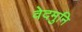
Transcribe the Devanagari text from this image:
वेदमुनि